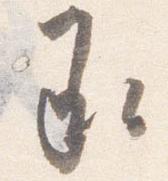
承